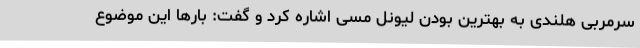
سرمربی هلندی به بهترین بودن لیونل مسی اشاره کرد و گفت: بارها این موضوع